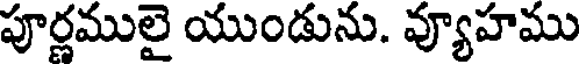
పూర్ణములై యుండును. వ్యూహము